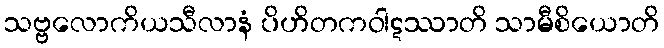
သဗ္ဗလောကိယသီလာနံ ပိဟိတကဝါဋဿာတိ သာမီစိယောတိ